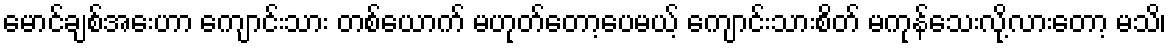
မောင်ချစ်အေးဟာ ကျောင်းသား တစ်ယောက် မဟုတ်တော့ပေမယ့် ကျောင်းသားစိတ် မကုန်သေးလို့လားတော့ မသိ၊